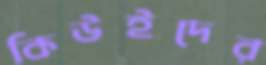
কিউইদের